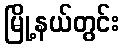
မြို့နယ်တွင်း